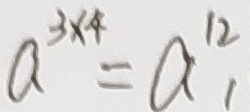
a ^ { 3 \times 4 } = a _ { 1 } ^ { 1 2 }